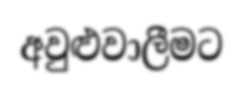
අවුළුවාලීමට